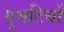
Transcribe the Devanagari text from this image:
गुमटियाँ